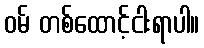
ဝမ် တစ်ထောင့်ငါးရာပါ။